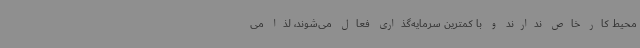
محیط کار خاص ندارند و با کمترین سرمایه‌گذاری فعال می‌شوند، لذا می